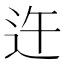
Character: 迕